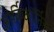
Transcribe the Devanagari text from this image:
आर्किऑर्निस